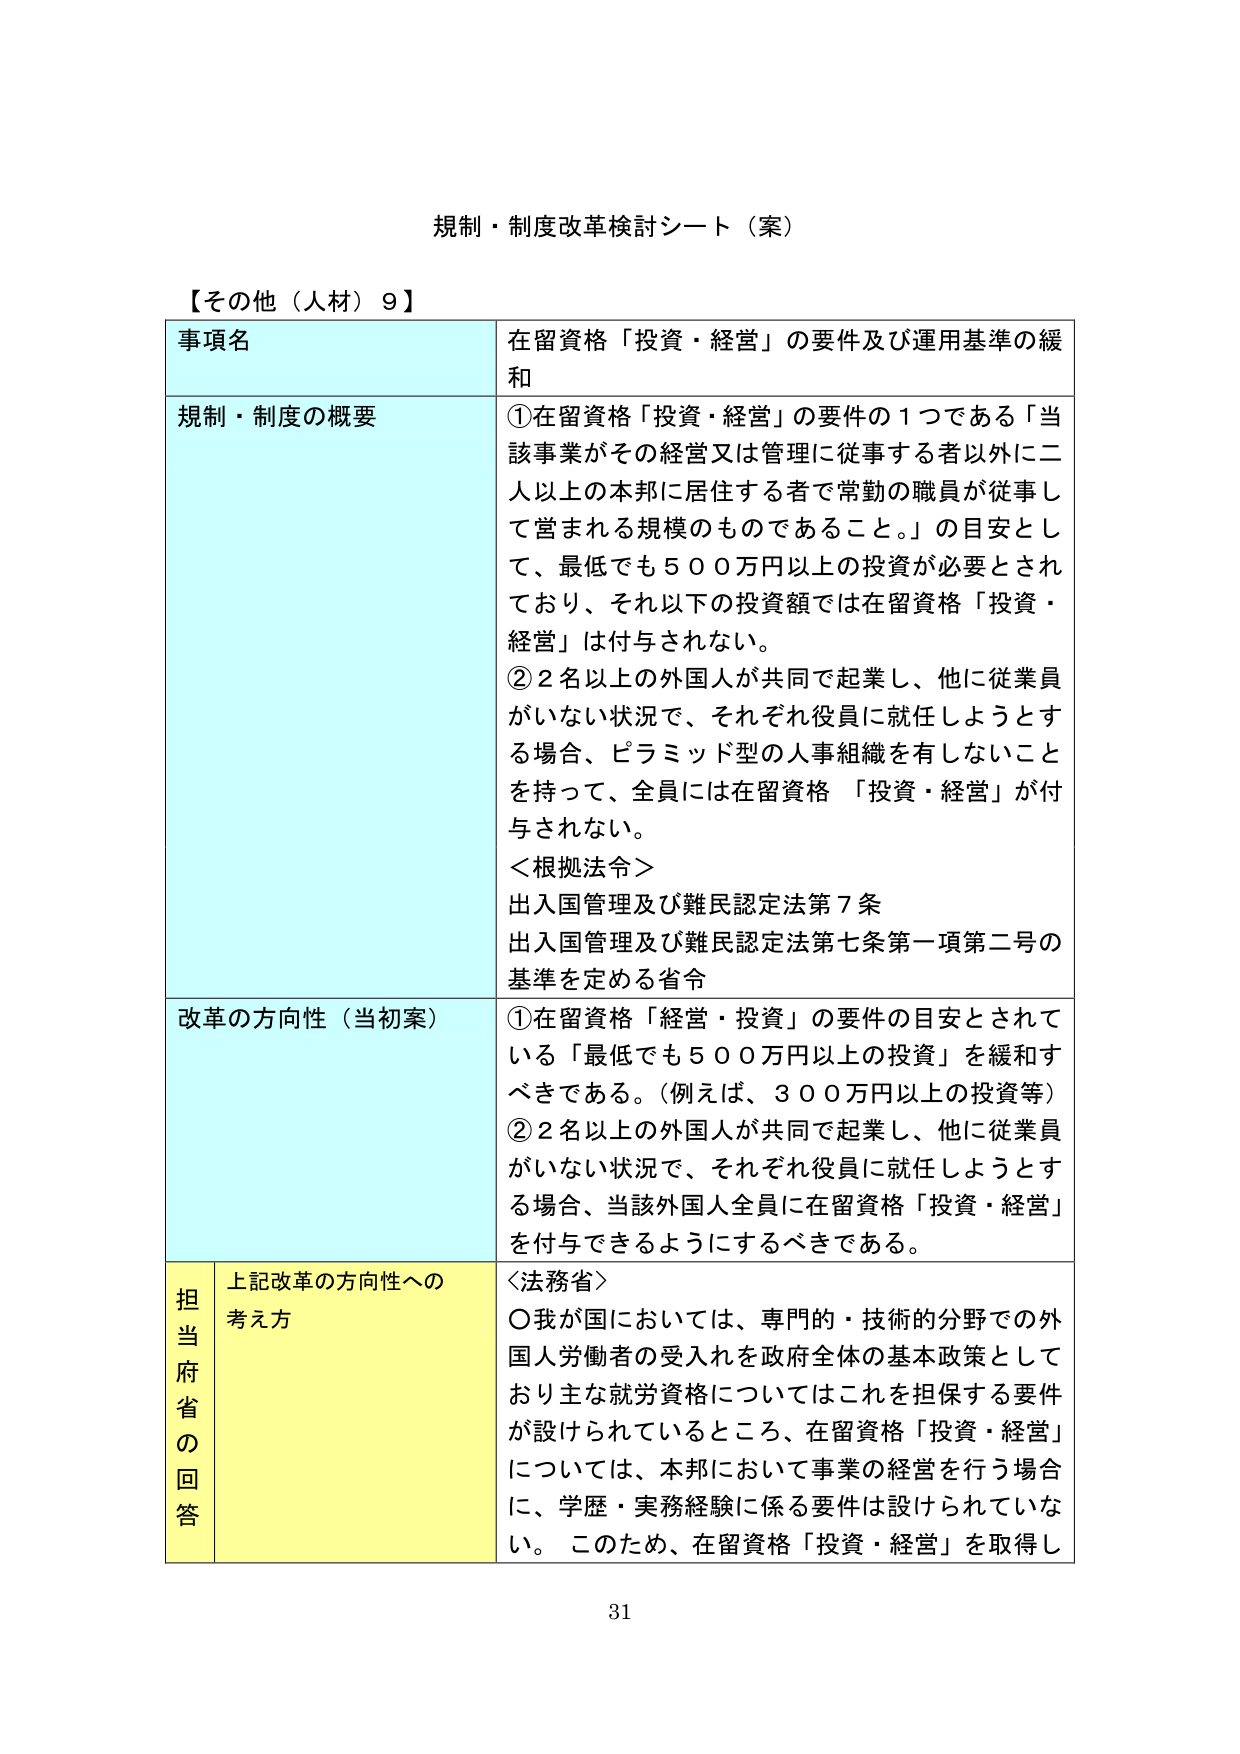
規制・制度改革検討シート（案）

【その他（人材）9】

事項名 在留資格「投資・経営」の要件及び運用基準の緩和

規制・制度の概要 ①在留資格「投資・経営」の要件の1つである「当該事業がその経営又は管理に従事する者以外に二人以上の本邦に居住する者で常勤の職員が従事して営まれる規模のものであること。」の目安として、最低でも500万円以上の投資が必要とされており、それ以下の投資額では在留資格「投資・経営」は付与されない。
②2名以上の外国人が共同で起業し、他に従業員がいない状況で、それぞれ役員に就任しようとする場合、ピラミッド型の人事組織を有しないことを持って、全員には在留資格「投資・経営」が付与されない。
＜根拠法令＞
出入国管理及び難民認定法第7条
出入国管理及び難民認定法第七条第一項第二号の基準を定める省令

改革の方向性（当初案） ①在留資格「経営・投資」の要件の目安とされている「最低でも500万円以上の投資」を緩和すべきである。（例えば、300万円以上の投資等）
②2名以上の外国人が共同で起業し、他に従業員がいない状況で、それぞれ役員に就任しようとする場合、当該外国人全員に在留資格「投資・経営」を付与できるようにするべきである。

担当府省の回答 上記改革の方向性への考え方 ＜法務省＞
〇我が国においては、専門的・技術的分野での外国人労働者の受入れを政府全体の基本政策としており主な就労資格についてはこれを担保する要件が設けられているところ、在留資格「投資・経営」については、本邦において事業の経営を行う場合に、学歴・実務経験に係る要件は設けられていない。このため、在留資格「投資・経営」を取得し

31